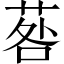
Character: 䓘